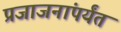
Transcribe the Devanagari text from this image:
प्रजाजनांपर्यंत